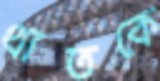
থাতকে